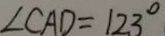
\angle C A D = 1 2 3 ^ { \circ }